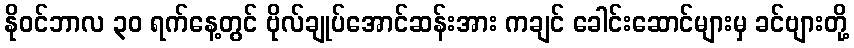
နိုဝင်ဘာလ ၃၀ ရက်နေ့တွင် ဗိုလ်ချုပ်အောင်ဆန်းအား ကချင် ခေါင်းဆောင်များမှ ခင်ဗျားတို့